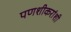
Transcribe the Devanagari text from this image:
पणशीकरांशी